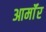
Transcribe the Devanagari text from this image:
आर्माॅर